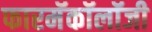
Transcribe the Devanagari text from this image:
फारमॅकॉलॉजी